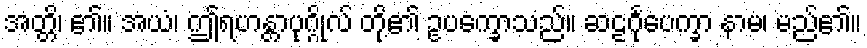
အတ္တိ၊ ၏။ အယံ၊ ဤရဟန္တာပုဂ္ဂိုလ် တို့၏ ဥပက္ခောသည်။ ဆဠင်္ဂုပေက္ခာ နာမ၊ မည်၏။